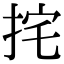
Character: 挓